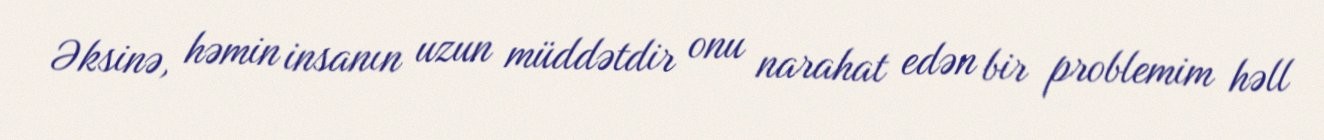
Əksinə, həmin insanın uzun müddətdir onu narahat edən bir problemim həll